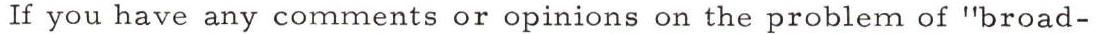
If you have any comments or opinions on the problem of "broad-